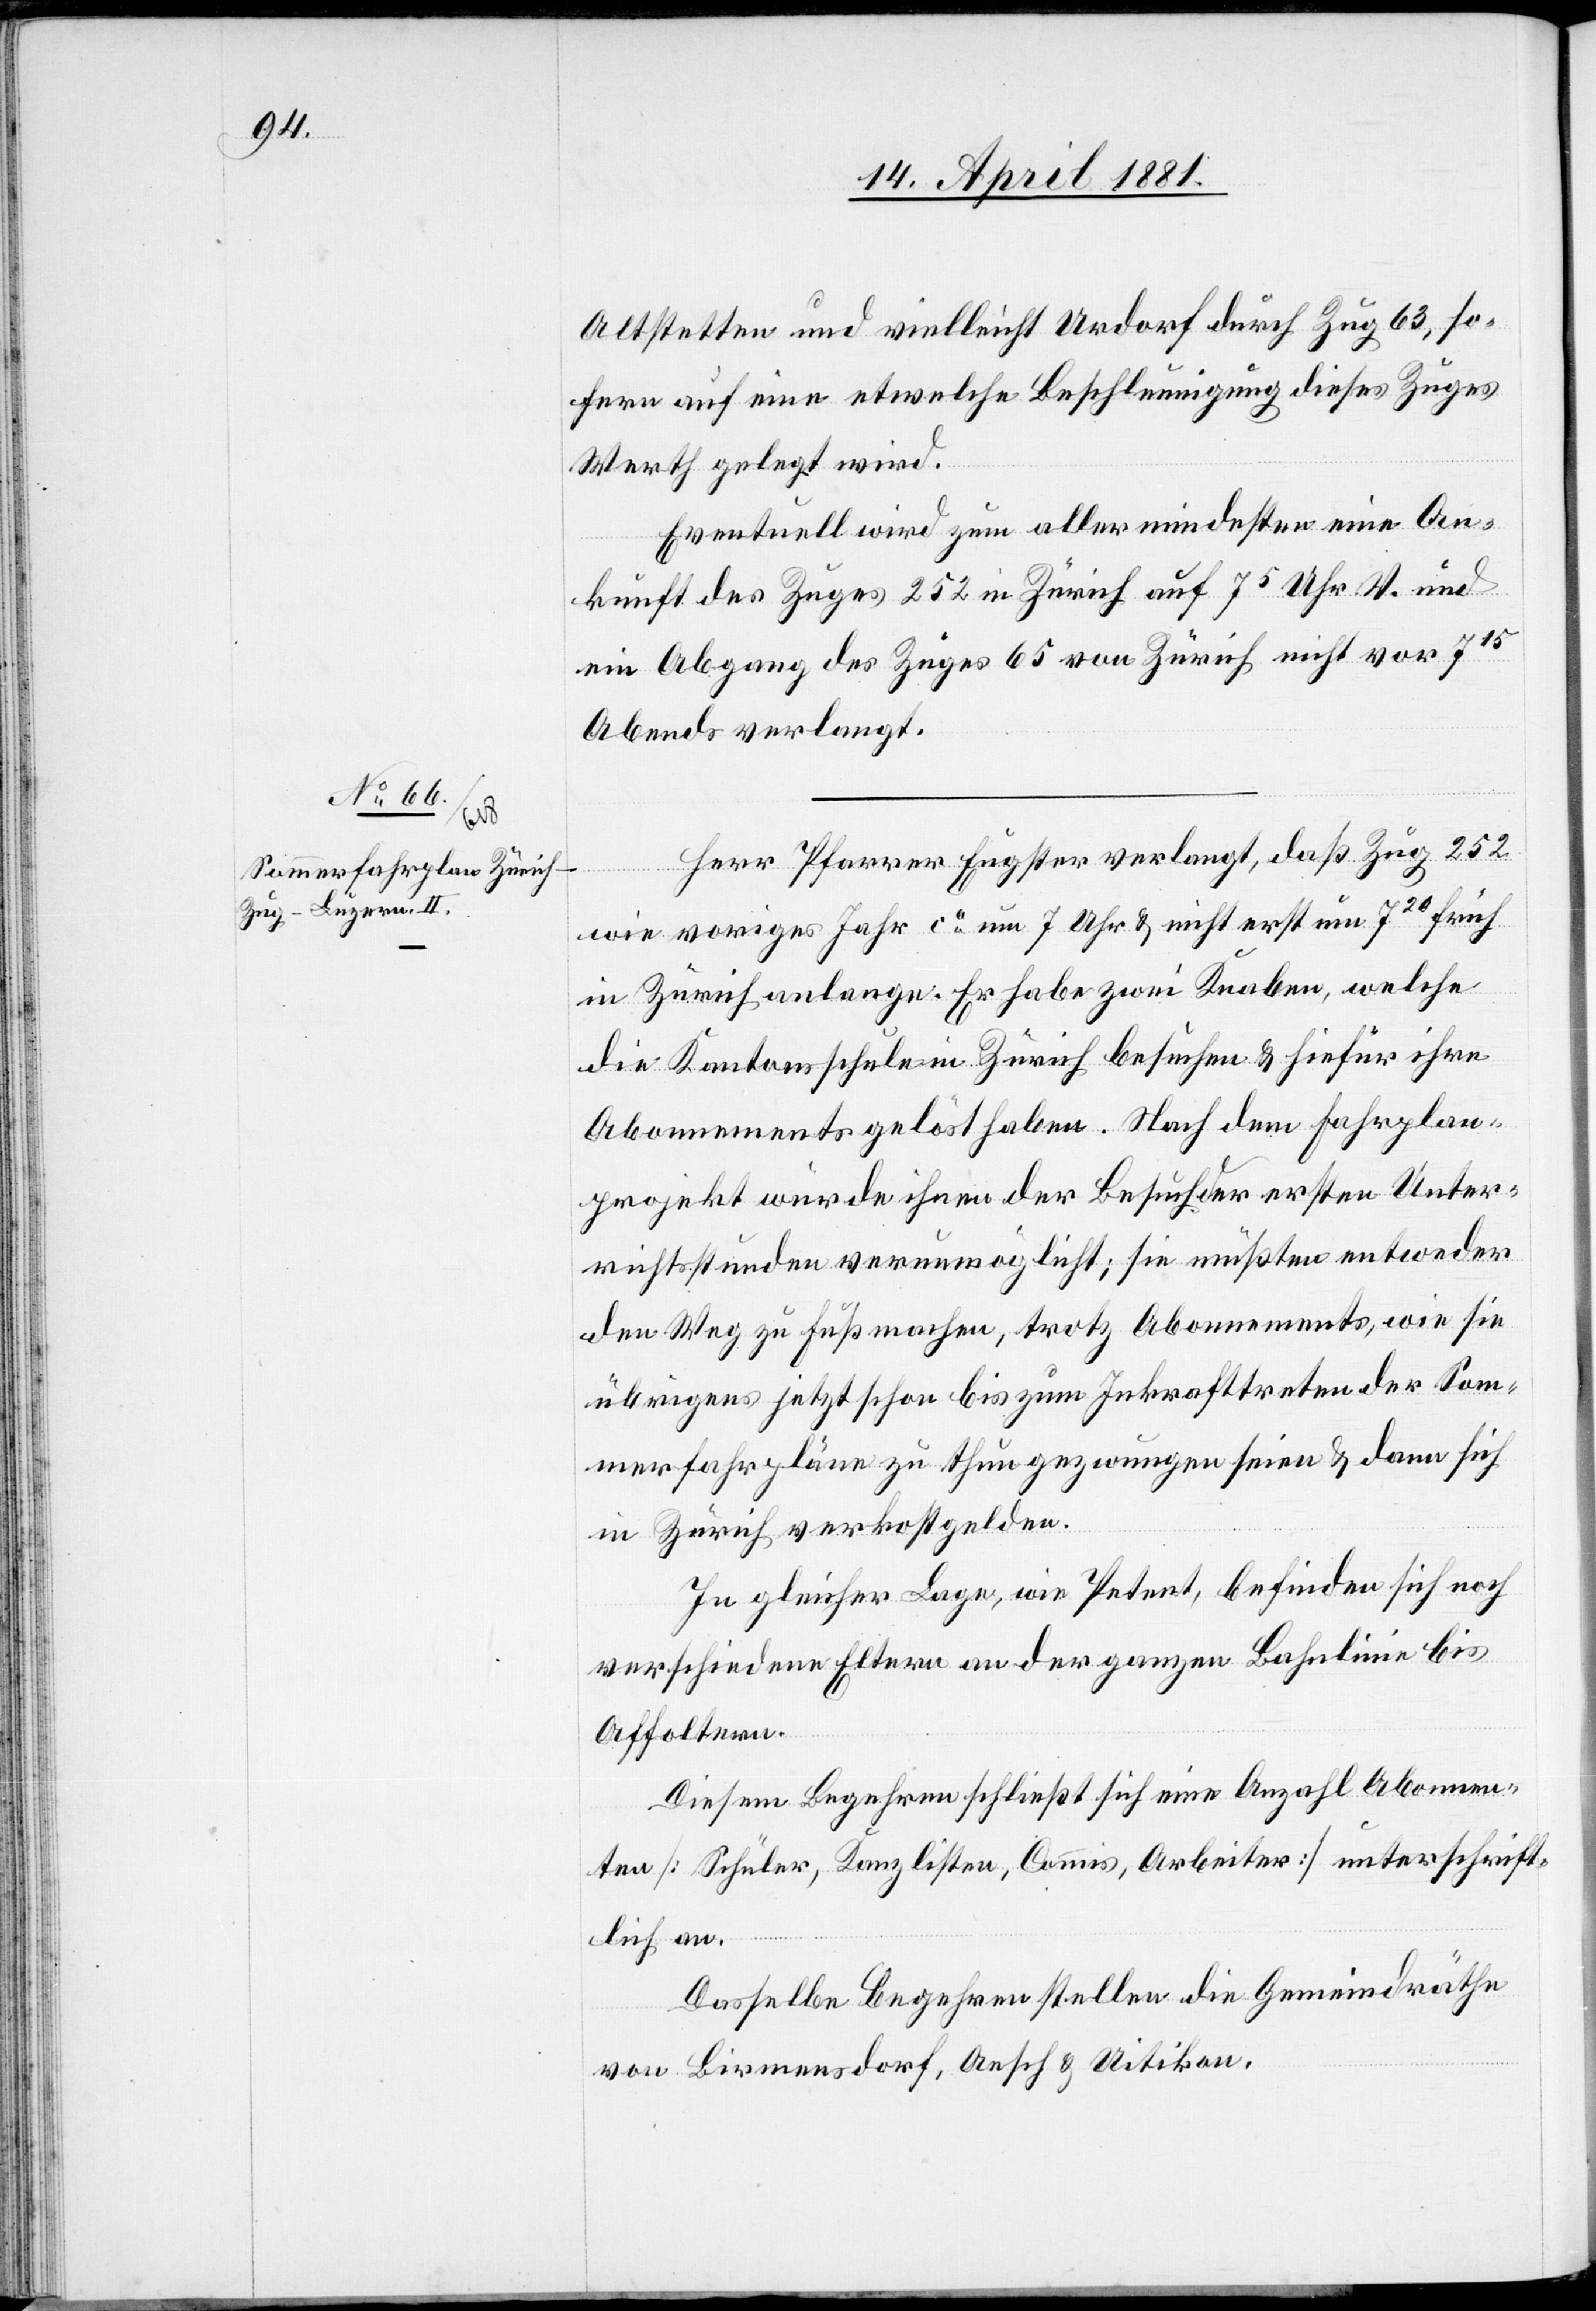
Altstetten und vielleicht Urdorf durch Zug 63, so¬
fern auf eine etwelche Beschleunigung dieses Zuges
Werth gelegt wird.
Eventuell wird zum aller mindesten eine An¬
kunft des Zuges 252 in Zürich auf 75 Uhr V. und
ein Abgang des Zuges 65 von Zürich nicht vor 715
Abends verlangt.
Herr Pfarrer Eugster verlangt, daß Zug 252
wie voriges Jahr ca um 7 Uhr & nicht erst um 720 früh
in Zürich anlange. Er habe zwei Knaben, welche
die Kantonsschule in Zürich besuchen & hiefür ihre
Abonnements gelöst haben. Nach dem Fahrplan¬
projekt würde ihnen der Besuch der ersten Unter¬
richtsstunde verunmöglicht; sie müßten entweder
den Weg zu Fuß machen, trotz Abonnements, wie sie
übrigens jetzt schon bis zum Inkrafttreten der Som¬
merfahrpläne zu thun gezwungen seien & dann sich
in Zürich verkostgelden.
In gleicher Lage, wie Petent, befinden sich noch
verschiedene Eltern an der ganzen Bahnlinie bis
Affoltern.
Diesem Begehren schließt sich eine Anzahl Abonnemen¬
ten [Schüler, Kanzlisten, Commis, Arbeiter] unterschrift¬
lich an.
Dasselbe Begehren stellen die Gemeindräthe
von Birmensdorf, Aesch & Uitikon.